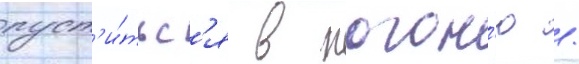
пуст'и́тьс'я в погон'ю /